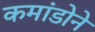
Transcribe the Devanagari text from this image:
कमांडोने